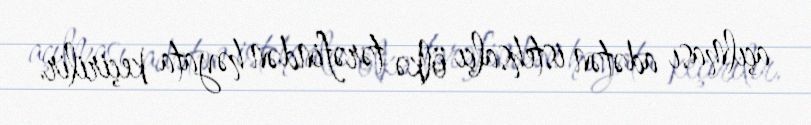
açılması adətən istehsalçı ölkə tərəfindən həyata keçirilir.